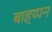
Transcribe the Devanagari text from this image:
बाह्य्पन